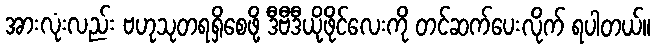
အားလုံးလည်း ဗဟုသုတရရှိစေဖို့ ဒီဗီဒီယိုဖိုင်လေးကို တင်ဆက်ပေးလိုက် ရပါတယ်။